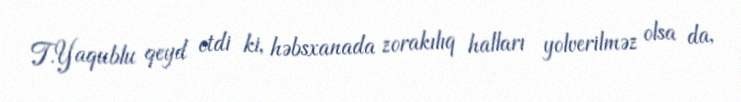
T.Yaqublu qeyd etdi ki, həbsxanada zorakılıq halları yolverilməz olsa da,